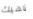
ناهيك